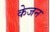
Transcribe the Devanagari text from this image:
केजन